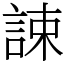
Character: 誎